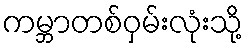
ကမ္ဘာတစ်ဝှမ်းလုံးသို့